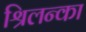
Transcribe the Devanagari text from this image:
श्रिलन्का